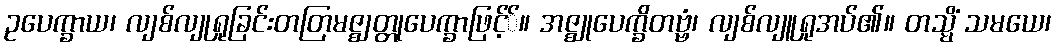
ဥပေက္ခာယ၊ လျစ်လျုရှုခြင်းတတြမဇ္ဈတ္တုပေက္ခာဖြင့််။ အဇ္ဈုပေက္ခိတဗ္ဗံ၊ လျစ်လျူရှုအပ်၏။ တသ္မိံ သမယေ၊